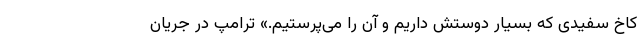
کاخ سفیدی که بسیار دوستش داریم و آن را می‌پرستیم.» ترامپ در جریان